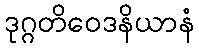
ဒုဂ္ဂတိဝေဒနိယာနံ